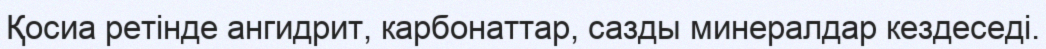
Қосиа ретінде ангидрит, карбонаттар, сазды минералдар кездеседі.